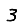
Digit: 3